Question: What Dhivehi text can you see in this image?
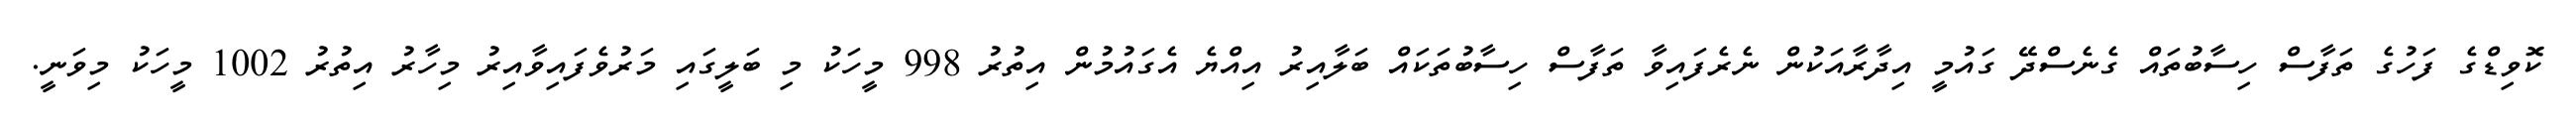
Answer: ކޮވިޑްގެ ފަހުގެ ތަފާސް ހިސާބުތައް ގެނެސްދޭ ގައުމީ އިދާރާއަކުން ނެރެފައިވާ ތަފާސް ހިސާބުތަކައް ބަލާއިރު އިއްޔެ އެގައުމުން އިތުރު 998 މީހަކު މި ބަލީގައި މަރުވެފައިވާއިރު މިހާރު އިތުރު 1002 މީހަކު މިވަނީ.